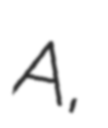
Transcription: A,